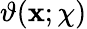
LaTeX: \vartheta(\mathbf{x};\chi)